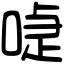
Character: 𠸝